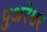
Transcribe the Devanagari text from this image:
पुअरेश्वर